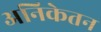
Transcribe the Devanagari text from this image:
अनिकेतन